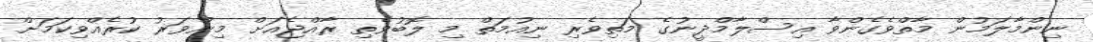
ނިންމާލަމުން މާތްވެގެންވާ އިސްލާމްދީނުގެ މަތިވެރި ނިއުމަތް މި ލޮބުވެތި ރާއްޖެއަށް މިންވަރު ކުރެއްވިކަމަށް